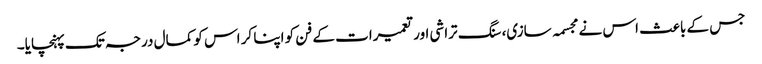
جس کے باعث اس نے مجسمہ سازی، سنگ تراشی اور تعمیرات کے فن کو اپنا کر اس کو کمال درجہ تک پہنچایا۔